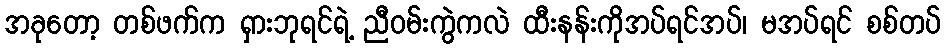
အခုတော့ တစ်ဖက်က ရှားဘုရင်ရဲ့ ညီဝမ်းကွဲကလဲ ထီးနန်းကိုအပ်ရင်အပ်၊ မအပ်ရင် စစ်တပ်